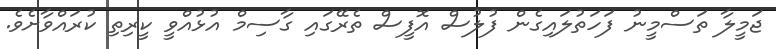
ޖަމީލާ ތަސްމީނު ފަހަތުލައިގެން ފުލުސް އޮފީސް ތެރޭގައި ގާސިމް އުޅުއްވީ ކީރިތި ކުރައްވާށެވެ.